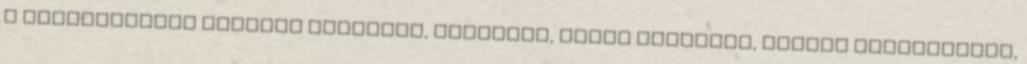
a természetnek állítok akadályt, táncolok, veled táncolok, mindig reménykedem,